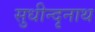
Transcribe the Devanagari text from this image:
सुधीन्दृनाथ